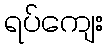
ရပ်ကျေး